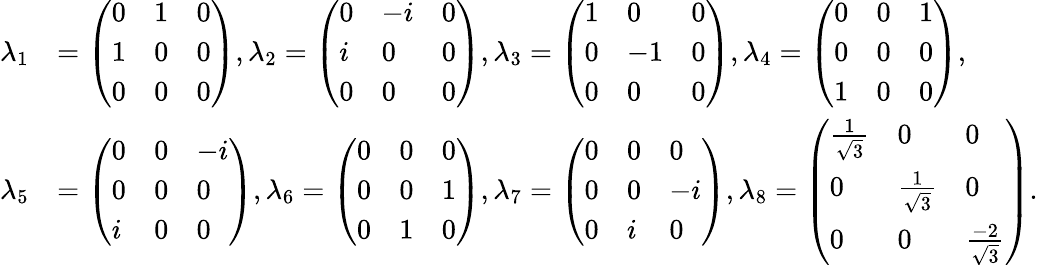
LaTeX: \begin{array}{rl}{\lambda_{1}}&{=\left(\begin{array}{lll}{0}&{1}&{0}\\ {1}&{0}&{0}\\ {0}&{0}&{0}\end{array}\right),\lambda_{2}=\left(\begin{array}{lll}{0}&{-i}&{0}\\ {i}&{0}&{0}\\ {0}&{0}&{0}\end{array}\right),\lambda_{3}=\left(\begin{array}{lll}{1}&{0}&{0}\\ {0}&{-1}&{0}\\ {0}&{0}&{0}\end{array}\right),\lambda_{4}=\left(\begin{array}{lll}{0}&{0}&{1}\\ {0}&{0}&{0}\\ {1}&{0}&{0}\end{array}\right),}\\ {\lambda_{5}}&{=\left(\begin{array}{lll}{0}&{0}&{-i}\\ {0}&{0}&{0}\\ {i}&{0}&{0}\end{array}\right),\lambda_{6}=\left(\begin{array}{lll}{0}&{0}&{0}\\ {0}&{0}&{1}\\ {0}&{1}&{0}\end{array}\right),\lambda_{7}=\left(\begin{array}{lll}{0}&{0}&{0}\\ {0}&{0}&{-i}\\ {0}&{i}&{0}\end{array}\right),\lambda_{8}=\left(\begin{array}{lll}{\frac{1}{\sqrt{3}}}&{0}&{0}\\ {0}&{\frac{1}{\sqrt{3}}}&{0}\\ {0}&{0}&{\frac{-2}{\sqrt{3}}}\end{array}\right).}\end{array}